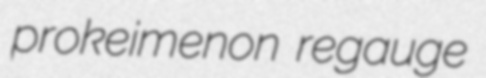
prokeimenon regauge